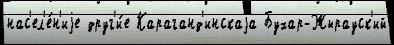
нас'ел'е́н'иjе друг'и́е Караганд'инскаjа Бухар-Жырауск'ий